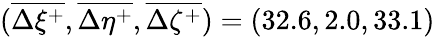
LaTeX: (\overline{{\Delta\xi^{+}}},\overline{{\Delta\eta^{+}}},\overline{{\Delta\zeta^{+}}})=(32.6,2.0,33.1)